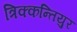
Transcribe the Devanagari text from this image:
त्रिक्कन्तियुर